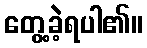
တွေ့ခဲ့ရပါ၏။